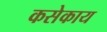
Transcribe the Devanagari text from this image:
कसेकाय